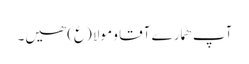
آپ ھمارے آقا و مولا (ع) ھیں۔